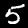
Digit: 5